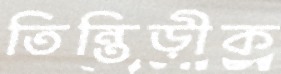
তিন্তিড়ীক